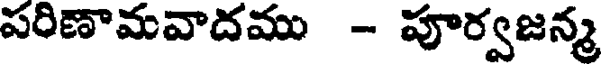
పరిణామవాదము - పూర్వజన్మ